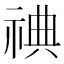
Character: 𬒿